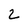
Character: 2